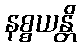
နစ္စယန္တိ